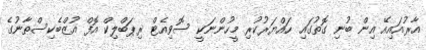
އާރުއައިއޭ އިން ބުނި ގޮތުގައި ހައްޔަރުކުރި މީހުންނަކީ ސޮވިއެޓް ރިޕަބްލިކް އޮފް އުޒްބެކިސްތާނުގެ